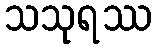
သသုရဿ